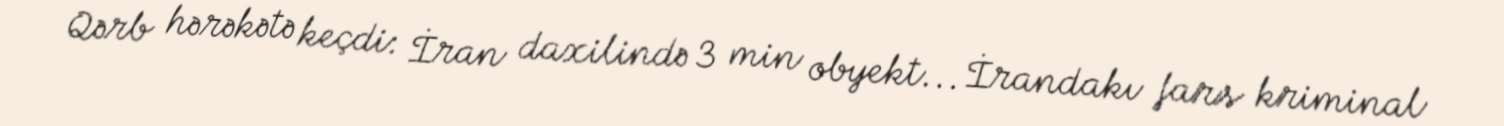
Qərb hərəkətə keçdi: İran daxilində 3 min obyekt... İrandakı fars kriminal